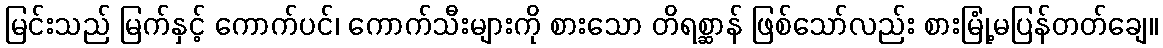
မြင်းသည် မြက်နှင့် ကောက်ပင်၊ ကောက်သီးများကို စားသော တိရစ္ဆာန် ဖြစ်သော်လည်း စားမြုံ့မပြန်တတ်ချေ။